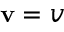
\mathbf { v } = v